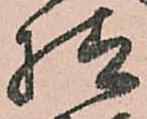
様